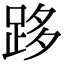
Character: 跢